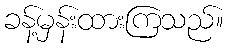
ခန့်မှန်းထားကြသည်။